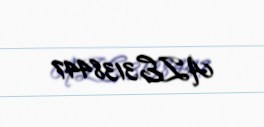
AZE3138447